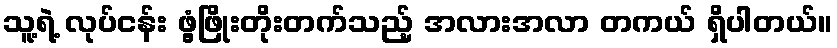
သူ့ရဲ့ လုပ်ငန်း ဖွံ့ဖြိုးတိုးတက်သည့် အလားအလာ တကယ် ရှိပါတယ်။